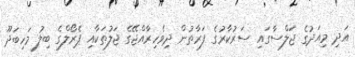
އަދި މިއަދުގެ ޖަލްސާގައި ސަރުކާރުގެ ފަރާތުން ދިވެހިރާއްޖޭގެ ޖަލުތަކާއި ޕެރޯލްގެ ބިލު މަހިބަދޫ